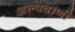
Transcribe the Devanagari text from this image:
अल्पवाणी